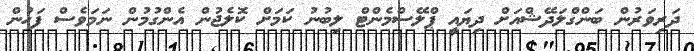
ދަރިވަރުން ބަންގްލަދޭޝްއަށް ދިޔައީ ޕްލޭސްމެންޓް ލިބުނު ކަމަށް ކޮލެޖުން އެންގުމުން ނަމަވެސް ފަހުން